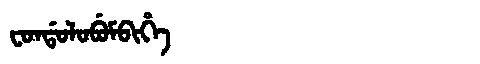
Manchu: ᠸᠣᠨᡩᠣᠯᠣᠪᡠᠮᠪᡳᡥᡝ
Romanization: FONDOLOBUMBIHE